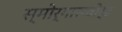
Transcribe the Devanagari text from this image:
स्मोर्गासबोर्ड